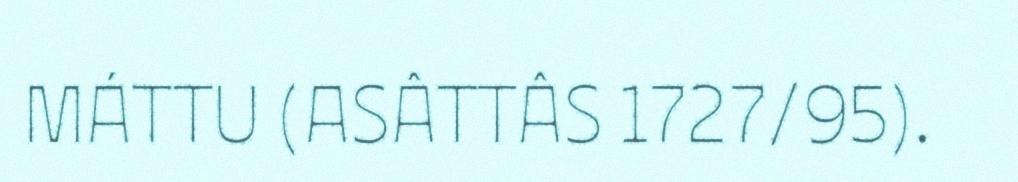
MÁTTU (ASÂTTÂS 1727/95).